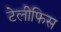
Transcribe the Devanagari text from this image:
टेलीफिस